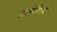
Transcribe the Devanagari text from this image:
अत्येष्टिभी